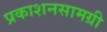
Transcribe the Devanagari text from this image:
प्रकाशनसामग्री